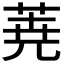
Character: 𮏔